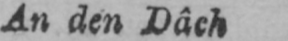
An den Dâch